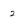
Character: 2